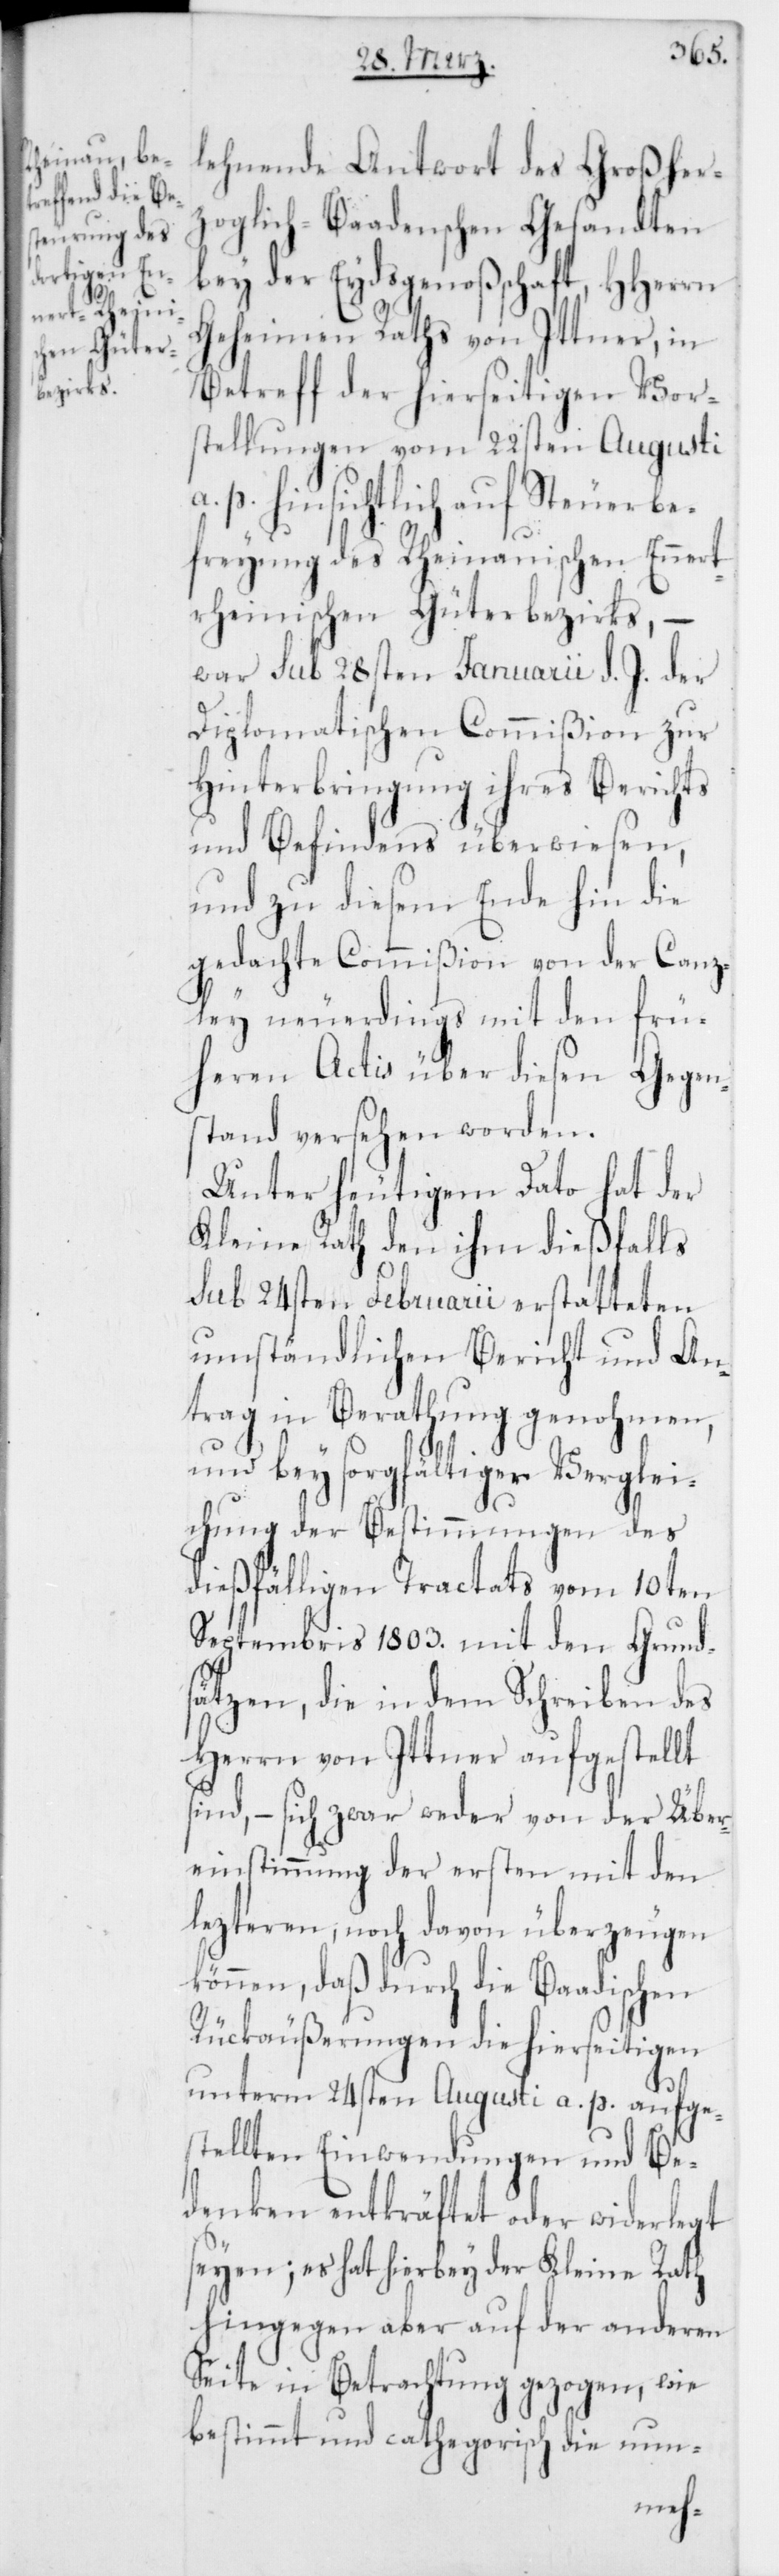
lehnende Antwort des Großher¬
zoglich-Baadenschen Gesandten
bey der Eydsgenoßschaft, HHerren
Geheimen Raths von Ittner, in
Betreff der hierseitigen Vor¬
stellungen vom 22sten Augusti
a. p. hinsichtlich auf Steuerbe¬
freyung des Rheinauischen Ennert¬
rheinischen Güterbezirks, –
war sub 28sten Januarii d. J. der
Diplomatischen Commißion zur
Hinterbringung ihres Berichts
und Befindens überwiesen,
und zu diesem Ende hin die
gedachte Commißion von der Canz¬
ley neuerdings mit den frü¬
heren Actis über diesen Gegen¬
stand versehen worden.
Unter heutigem Dato hat der
Kleine Rath den ihm dießfalls
sub 24sten Februarii erstatteten
umständlichen Bericht und An¬
trag in Berathung genohmen,
und bey sorgfältiger Verglei¬
chung der Bestimmungen des
dießfälligen Tractats vom 10ten
Septembris 1803. mit den Grund¬
sätzen, die in dem Schreiben des
Herrn von Ittner aufgestellt
sind, – sich zwar weder von der Über¬
einstimmung der ersten mit den
lezteren, noch davon überzeugen
können, daß durch die Baadischen
Rückäußerungen die hierseitigen
unterm 24sten Augusti a. p. aufge¬
stellten Einwendungen und Be¬
denken entkräftet oder widerlegt
seyen; es hat hierbey der Kleine Rath
hingegen aber auf der anderen
Seite in Betrachtung gezogen, wie
bestimmt und cathegorisch die nun-